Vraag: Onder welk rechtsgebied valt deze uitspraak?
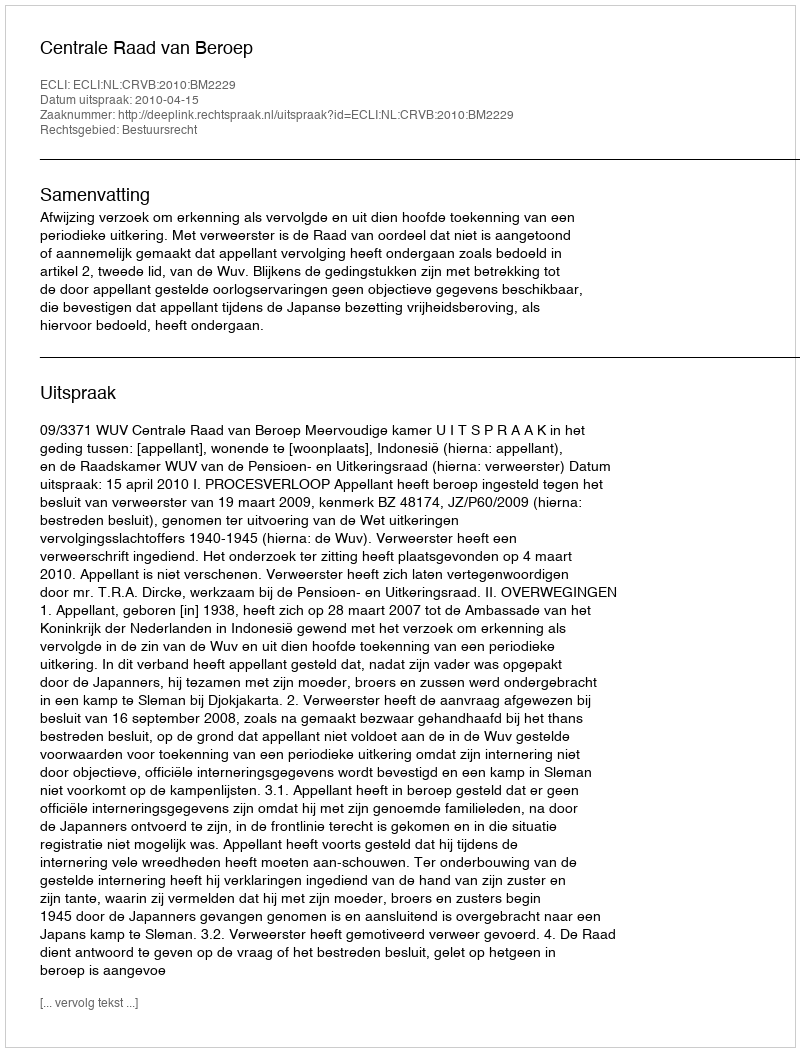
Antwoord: Bestuursrecht